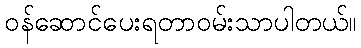
ဝန်ဆောင်ပေးရတာဝမ်းသာပါတယ်။